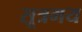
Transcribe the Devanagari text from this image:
सूत्रमय